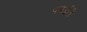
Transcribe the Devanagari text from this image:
फोर्जरी